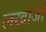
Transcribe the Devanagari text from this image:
लखोजी